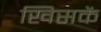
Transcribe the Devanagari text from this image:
खिसकें